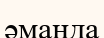
әманда